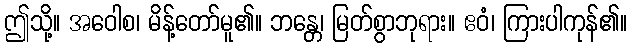
ဤသို့။ အဝေါစ၊ မိန့်တော်မူ၏။ ဘန္တေ၊ မြတ်စွာဘုရား။ ဧဝံ၊ ကြားပါကုန်၏။